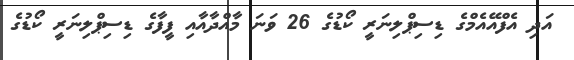
އަދި އެފްއޭއެމްގެ ޑިސިޕްލިނަރީ ކޯޑުގެ 26 ވަނަ މާއްދާއާއި ފީފާގެ ޑިސިޕްލިނަރީ ކޯޑުގެ